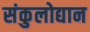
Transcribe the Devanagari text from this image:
संकुलोद्यान